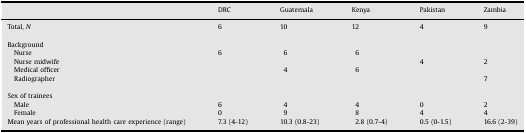
|  | DRC | Guatemala | Kenya | Pakistan | Zambia |
 | --- | --- | --- | --- | --- | --- |
 | Total, N | 6 | 10 | 12 | 4 | 9 |
 | <COLSPAN=6> Background |
 | Nurse | 6 | 6 | 6 |  |  |
 | Nurse midwife |  |  |  | 4 | 2 |
 | Medical officer |  | 4 | 6 |  |  |
 | Radiographer |  |  |  |  | 7 |
 | <COLSPAN=6> Sex of trainees |
 | Male | 6 | 4 | 4 | 0 | 2 |
 | Female | 0 | 9 | 8 | 4 | 4 |
 | Mean years of professional health care experience (range) | 7.3 (4-12) | 10.3 (0.8-23) | 2.8 (0.7-4) | 0.5 (0-1.5) | 16.6 (2-39) |